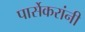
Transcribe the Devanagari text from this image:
पार्सेकरांनी